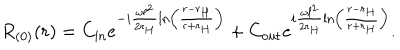
R _ { ( 0 ) } ( r ) = C _ { \mathrm { i n } } e ^ { - i \frac { \omega \ell ^ { 2 } } { 2 r _ { H } } \ln \left( \frac { r - r _ { H } } { r + r _ { H } } \right) } + C _ { \mathrm { o u t } } e ^ { i \frac { \omega \ell ^ { 2 } } { 2 r _ { H } } \ln \left( \frac { r - r _ { H } } { r + r _ { H } } \right) } .